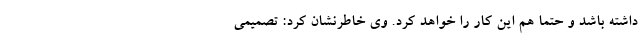
داشته باشد و حتماً هم این کار را خواهد کرد. وی خاطرنشان کرد: تصمیمی